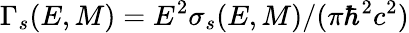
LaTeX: \Gamma_{s}(E,M)=E^{2}\sigma_{s}(E,M)/(\pi\hbar^{2}c^{2})